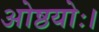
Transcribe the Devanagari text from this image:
ओष्ठयोः।